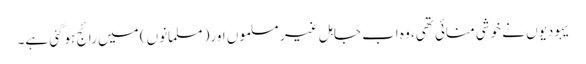
یہودیوں نے خوشی منائی تھی، وہ اب جاہل غیر مسلموں اور( مسلمانوں) میں رائج ہوگئی ہے۔